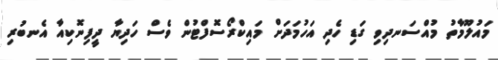
މައުލޫމާތު މުއްސަނދިވި ގަޑި ހެދި އަހުމަދަށް މައިކްރޯސޮފްޓުން ވެސް ހަދިޔާ ދީފިނޮކިއާ އެނބުރި